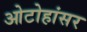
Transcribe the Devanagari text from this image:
ओटोहांसर